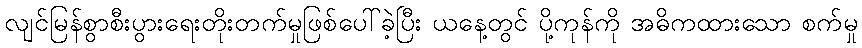
လျင်မြန်စွာစီးပွားရေးတိုးတက်မှုဖြစ်ပေါ်ခဲ့ပြီး ယနေ့တွင် ပို့ကုန်ကို အဓိကထားသော စက်မှု